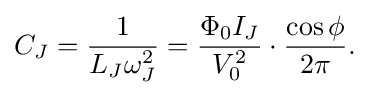
C_{J}={\frac {1}{L_{J}\omega _{J}^{2}}}={\frac {\Phi _{0}I_{J}}{V_{0}^{2}}}\cdot {\frac {\cos \phi }{2\pi }}.\